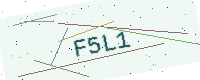
Text: F5L1